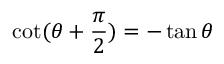
\cot ( \theta + { \frac { \pi } { 2 } } ) = - \tan \theta